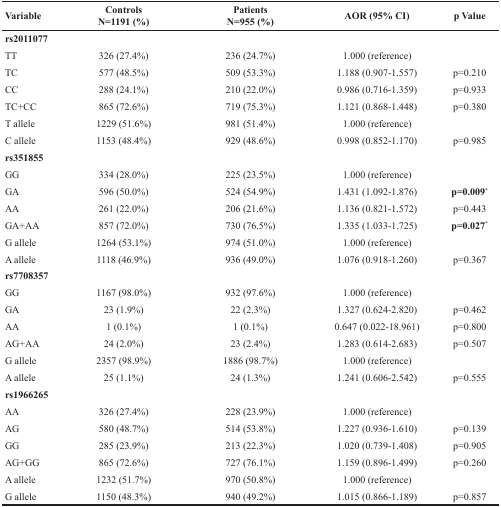
<table><thead><tr><td><b>Variable</b></td><td><b>ControlsN=1191 (%)</b></td><td><b>PatientsN=955 (%)</b></td><td><b>AOR (95% CI)</b></td><td><b>p Value</b></td></tr></thead><tbody><tr><td><b>rs2011077</b></td><td></td><td></td><td></td><td></td></tr><tr><td>TT</td><td>326 (27.4%)</td><td>236 (24.7%)</td><td>1.000 (reference)</td><td></td></tr><tr><td>TC</td><td>577 (48.5%)</td><td>509 (53.3%)</td><td>1.188 (0.907-1.557)</td><td>p=0.210</td></tr><tr><td>CC</td><td>288 (24.1%)</td><td>210 (22.0%)</td><td>0.986 (0.716-1.359)</td><td>p=0.933</td></tr><tr><td>TC+CC</td><td>865 (72.6%)</td><td>719 (75.3%)</td><td>1.121 (0.868-1.448)</td><td>p=0.380</td></tr><tr><td>T allele</td><td>1229 (51.6%)</td><td>981 (51.4%)</td><td>1.000 (reference)</td><td></td></tr><tr><td>C allele</td><td>1153 (48.4%)</td><td>929 (48.6%)</td><td>0.998 (0.852-1.170)</td><td>p=0.985</td></tr><tr><td><b>rs351855</b></td><td></td><td></td><td></td><td></td></tr><tr><td>GG</td><td>334 (28.0%)</td><td>225 (23.5%)</td><td>1.000 (reference)</td><td></td></tr><tr><td>GA</td><td>596 (50.0%)</td><td>524 (54.9%)</td><td>1.431 (1.092-1.876)</td><td><b>p=0.009*</b></td></tr><tr><td>AA</td><td>261 (22.0%)</td><td>206 (21.6%)</td><td>1.136 (0.821-1.572)</td><td>p=0.443</td></tr><tr><td>GA+AA</td><td>857 (72.0%)</td><td>730 (76.5%)</td><td>1.335 (1.033-1.725)</td><td><b>p=0.027*</b></td></tr><tr><td>G allele</td><td>1264 (53.1%)</td><td>974 (51.0%)</td><td>1.000 (reference)</td><td></td></tr><tr><td>A allele</td><td>1118 (46.9%)</td><td>936 (49.0%)</td><td>1.076 (0.918-1.260)</td><td>p=0.367</td></tr><tr><td><b>rs7708357</b></td><td></td><td></td><td></td><td></td></tr><tr><td>GG</td><td>1167 (98.0%)</td><td>932 (97.6%)</td><td>1.000 (reference)</td><td></td></tr><tr><td>GA</td><td>23 (1.9%)</td><td>22 (2.3%)</td><td>1.327 (0.624-2.820)</td><td>p=0.462</td></tr><tr><td>AA</td><td>1 (0.1%)</td><td>1 (0.1%)</td><td>0.647 (0.022-18.961)</td><td>p=0.800</td></tr><tr><td>AG+AA</td><td>24 (2.0%)</td><td>23 (2.4%)</td><td>1.283 (0.614-2.683)</td><td>p=0.507</td></tr><tr><td>G allele</td><td>2357 (98.9%)</td><td>1886 (98.7%)</td><td>1.000 (reference)</td><td></td></tr><tr><td>A allele</td><td>25 (1.1%)</td><td>24 (1.3%)</td><td>1.241 (0.606-2.542)</td><td>p=0.555</td></tr><tr><td><b>rs1966265</b></td><td></td><td></td><td></td><td></td></tr><tr><td>AA</td><td>326 (27.4%)</td><td>228 (23.9%)</td><td>1.000 (reference)</td><td></td></tr><tr><td>AG</td><td>580 (48.7%)</td><td>514 (53.8%)</td><td>1.227 (0.936-1.610)</td><td>p=0.139</td></tr><tr><td>GG</td><td>285 (23.9%)</td><td>213 (22.3%)</td><td>1.020 (0.739-1.408)</td><td>p=0.905</td></tr><tr><td>AG+GG</td><td>865 (72.6%)</td><td>727 (76.1%)</td><td>1.159 (0.896-1.499)</td><td>p=0.260</td></tr><tr><td>A allele</td><td>1232 (51.7%)</td><td>970 (50.8%)</td><td>1.000 (reference)</td><td></td></tr><tr><td>G allele</td><td>1150 (48.3%)</td><td>940 (49.2%)</td><td>1.015 (0.866-1.189)</td><td>p=0.857</td></tr></tbody></table>